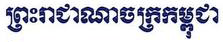
ព្រះរាជាណាចក្រកម្ពុជា